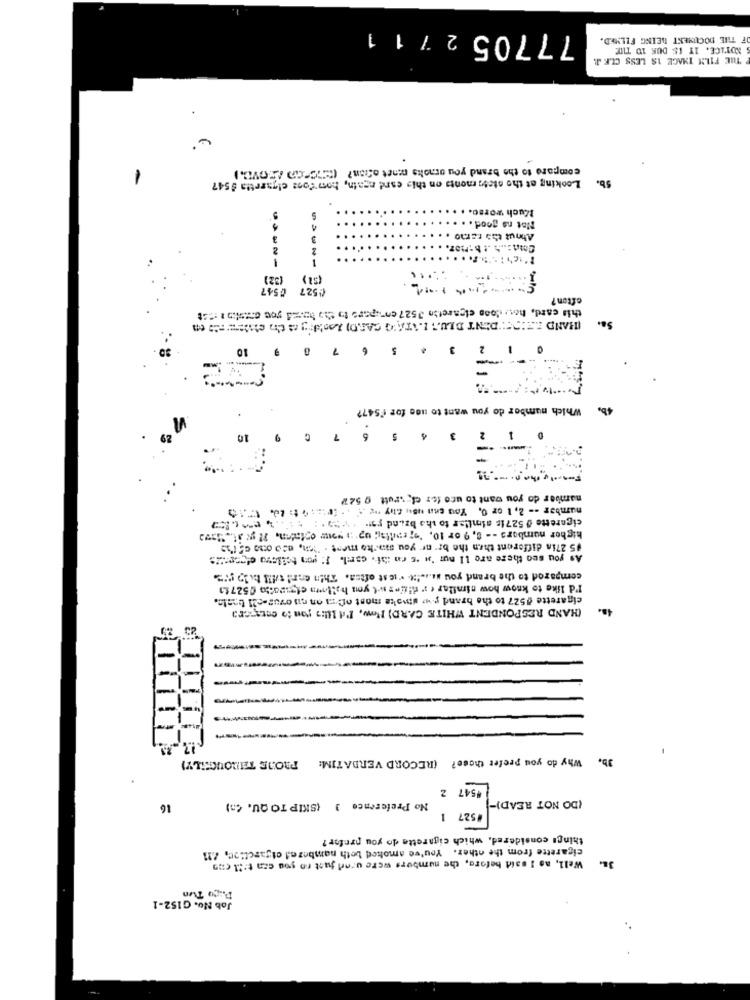
77705 2711
F THE DOCUMENT BEING FILMED.
NOTICE. IT IS DUR 10 TIME
THE FILM IMAGE IS LESS CLR J.
compare to the brand you omoks menet often? (370" Ao.)
5b.
Looking at the stet monts on this esre again, hom"font cigaretta # 547
Much ForSO. . . .
Not na good . . .
.
3
.
About ths ramo
2
2
.
1
(51)
0547
(527
ofton?
this card, how doos cigarette 1527 onupare to the hoved you enestos : : oct
(HAND KE """DENT BLUS I.ATA'O CARD) Lantdry as Cin chthe == = to en
10
3 6
2
-
Which number do you want to use for f'547?
6
4 5
3
10
number do you want to uco for el. . ruft 0 527
number == 2, 1 or 0. You can use thy ne 4 : 41: 20 010
cigarette 0 527is similar to sha bzind ry y=o . :
higher numbers -- 8, 9 or 10, 's; radis ;; up' , yoww opladen, 2! w 31.12w
#5 27in different then the br" nr you make mest . "ich, aco ate a5 1'ie
As you seo there are 11 nur 's 's en ii. caril. I: gon teilevo c'yes:"
compared to the brand you mais!it viest oftea. Thin er! till bilo .2.
I'd like to know how nimilas er diities w.( you hallo etspadto (5271)
cigarette #527 to the brand yw stwske most of ni on rul ovas-cil ban!e.
(HAND RESPONDENT WHITE CARD) How, I'd lil:s you to cotapera
23
------
PRODE THROUGHLY)
Jb, Why do you prefer those? (RECORD VERBATIM:
#547 2
(DO NOT READ)-
16
No Preference 3 (SKIP TO QU. 45)
#527 1
things considered, which cigarette do you prefer?
cigarette from the other. You've amoked beth nambered etgarct:20, 21
Well, as I said before, the numbers were urer just ro you can t'Ml (no
Plato Tun
Job No. G152-1
..